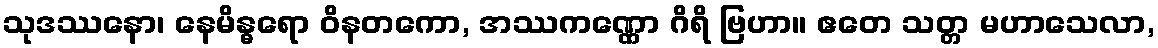
သုဒဿနော၊ နေမိန္ဓရော ဝိနတကော, အဿကဏ္ဏော ဂိရိ ဗြဟာ။ ဧတေ သတ္တ မဟာသေလာ,